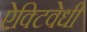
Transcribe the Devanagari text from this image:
ऐक्टिवेधी